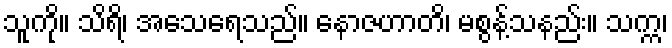
သူကို။ သိရိ၊ အသေရေသည်။ နောဇဟာတိ၊ မစွန့်သနည်း။ သက္က၊